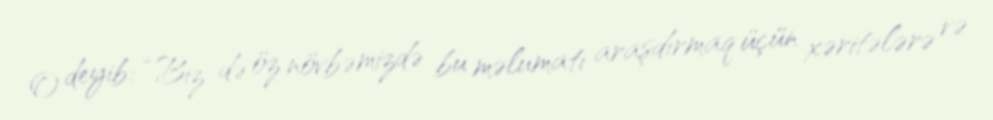
O deyib: “Biz də öz növbəmizdə bu məlumatı araşdırmaq üçün xəritələrə və